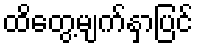
ထိတွေ့မျက်နှာပြင်